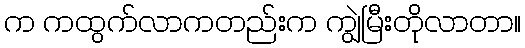
က ကထွက်လာကတည်းက ကျွဲမြီးတိုလာတာ။